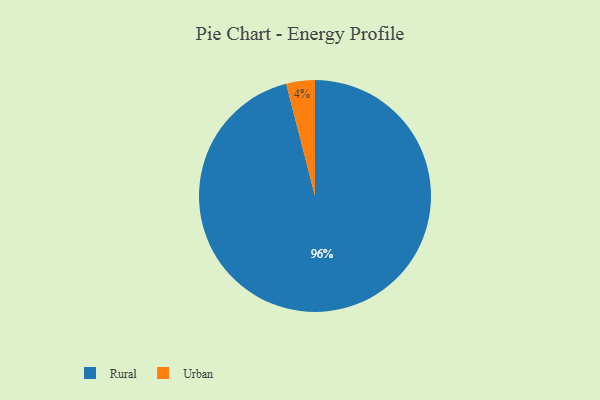
{"axis": {"x": "Category", "y": "Percentage"}, "legend": ["Rural", "Urban"], "data": [{"x": "Urban", "y": 4, "type": "Urban"}, {"x": "Rural", "y": 96, "type": "Rural"}]}